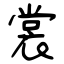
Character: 裳